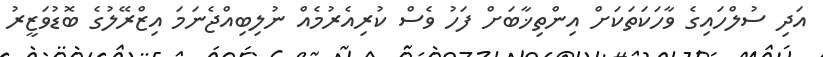
އަދި ސުލްހައިގެ ވާހަކަތަކަށް އިންތިޚާބަށް ފަހު ވެސް ކުރިއެރުމެއް ނުލިބިއްޖެނަމަ އިޒްރޭލުގެ ބޮޑުވަޒީރު